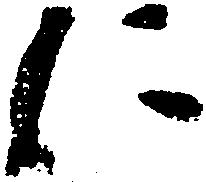
に